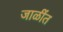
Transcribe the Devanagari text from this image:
जाळींत